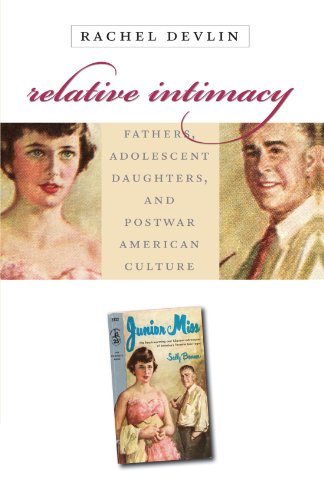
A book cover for Relative Intimacy: Fathers, Adolescent Daughters, and Postwar American Culture (Gender and American Culture); Rachel Devlin; Teen & Young Adult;